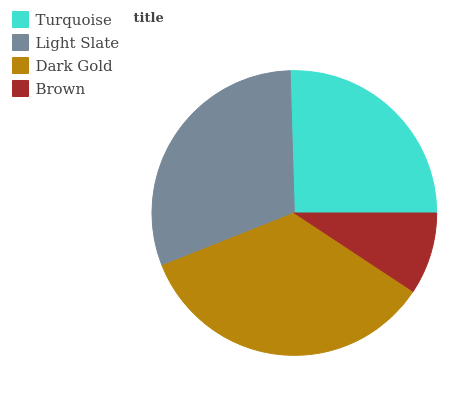
| Turquoise | Light Slate | Dark Gold | Brown |
 | --- | --- | --- | --- |
 | 25.5% | 30.6% | 34.7% | 9.28% |